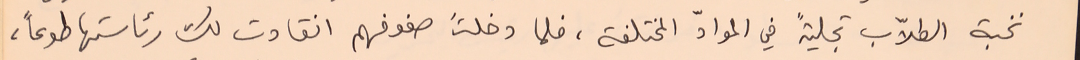
نخبة الطلاّب تجليةً في الموادّ المختلفة، فلما دخلتُ صفوفهم انقادت لك رئاستها طوعاً،